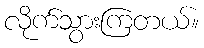
လိုက်သွားကြတယ်။